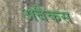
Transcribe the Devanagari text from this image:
अबैकस